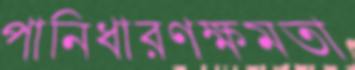
পানিধারণক্ষমতা